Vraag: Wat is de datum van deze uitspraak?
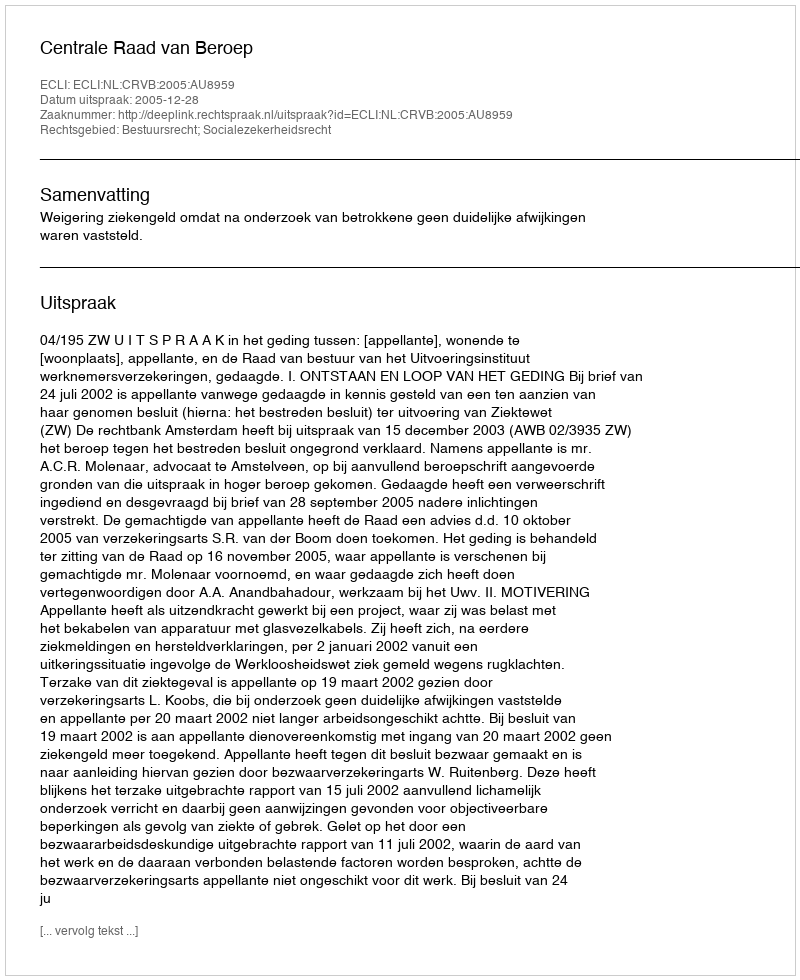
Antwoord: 2005-12-28